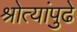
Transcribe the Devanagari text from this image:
श्रोत्यांपुढे